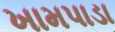
ખામપાડા